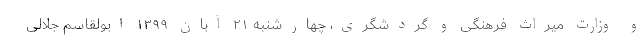
و وزارت میراث فرهنگی و گردشگری، چهارشنبه ۲۱ آبان ۱۳۹۹ ابولقاسم جلالی